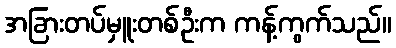
အခြားတပ်မှူးတစ်ဦးက ကန့်ကွက်သည်။